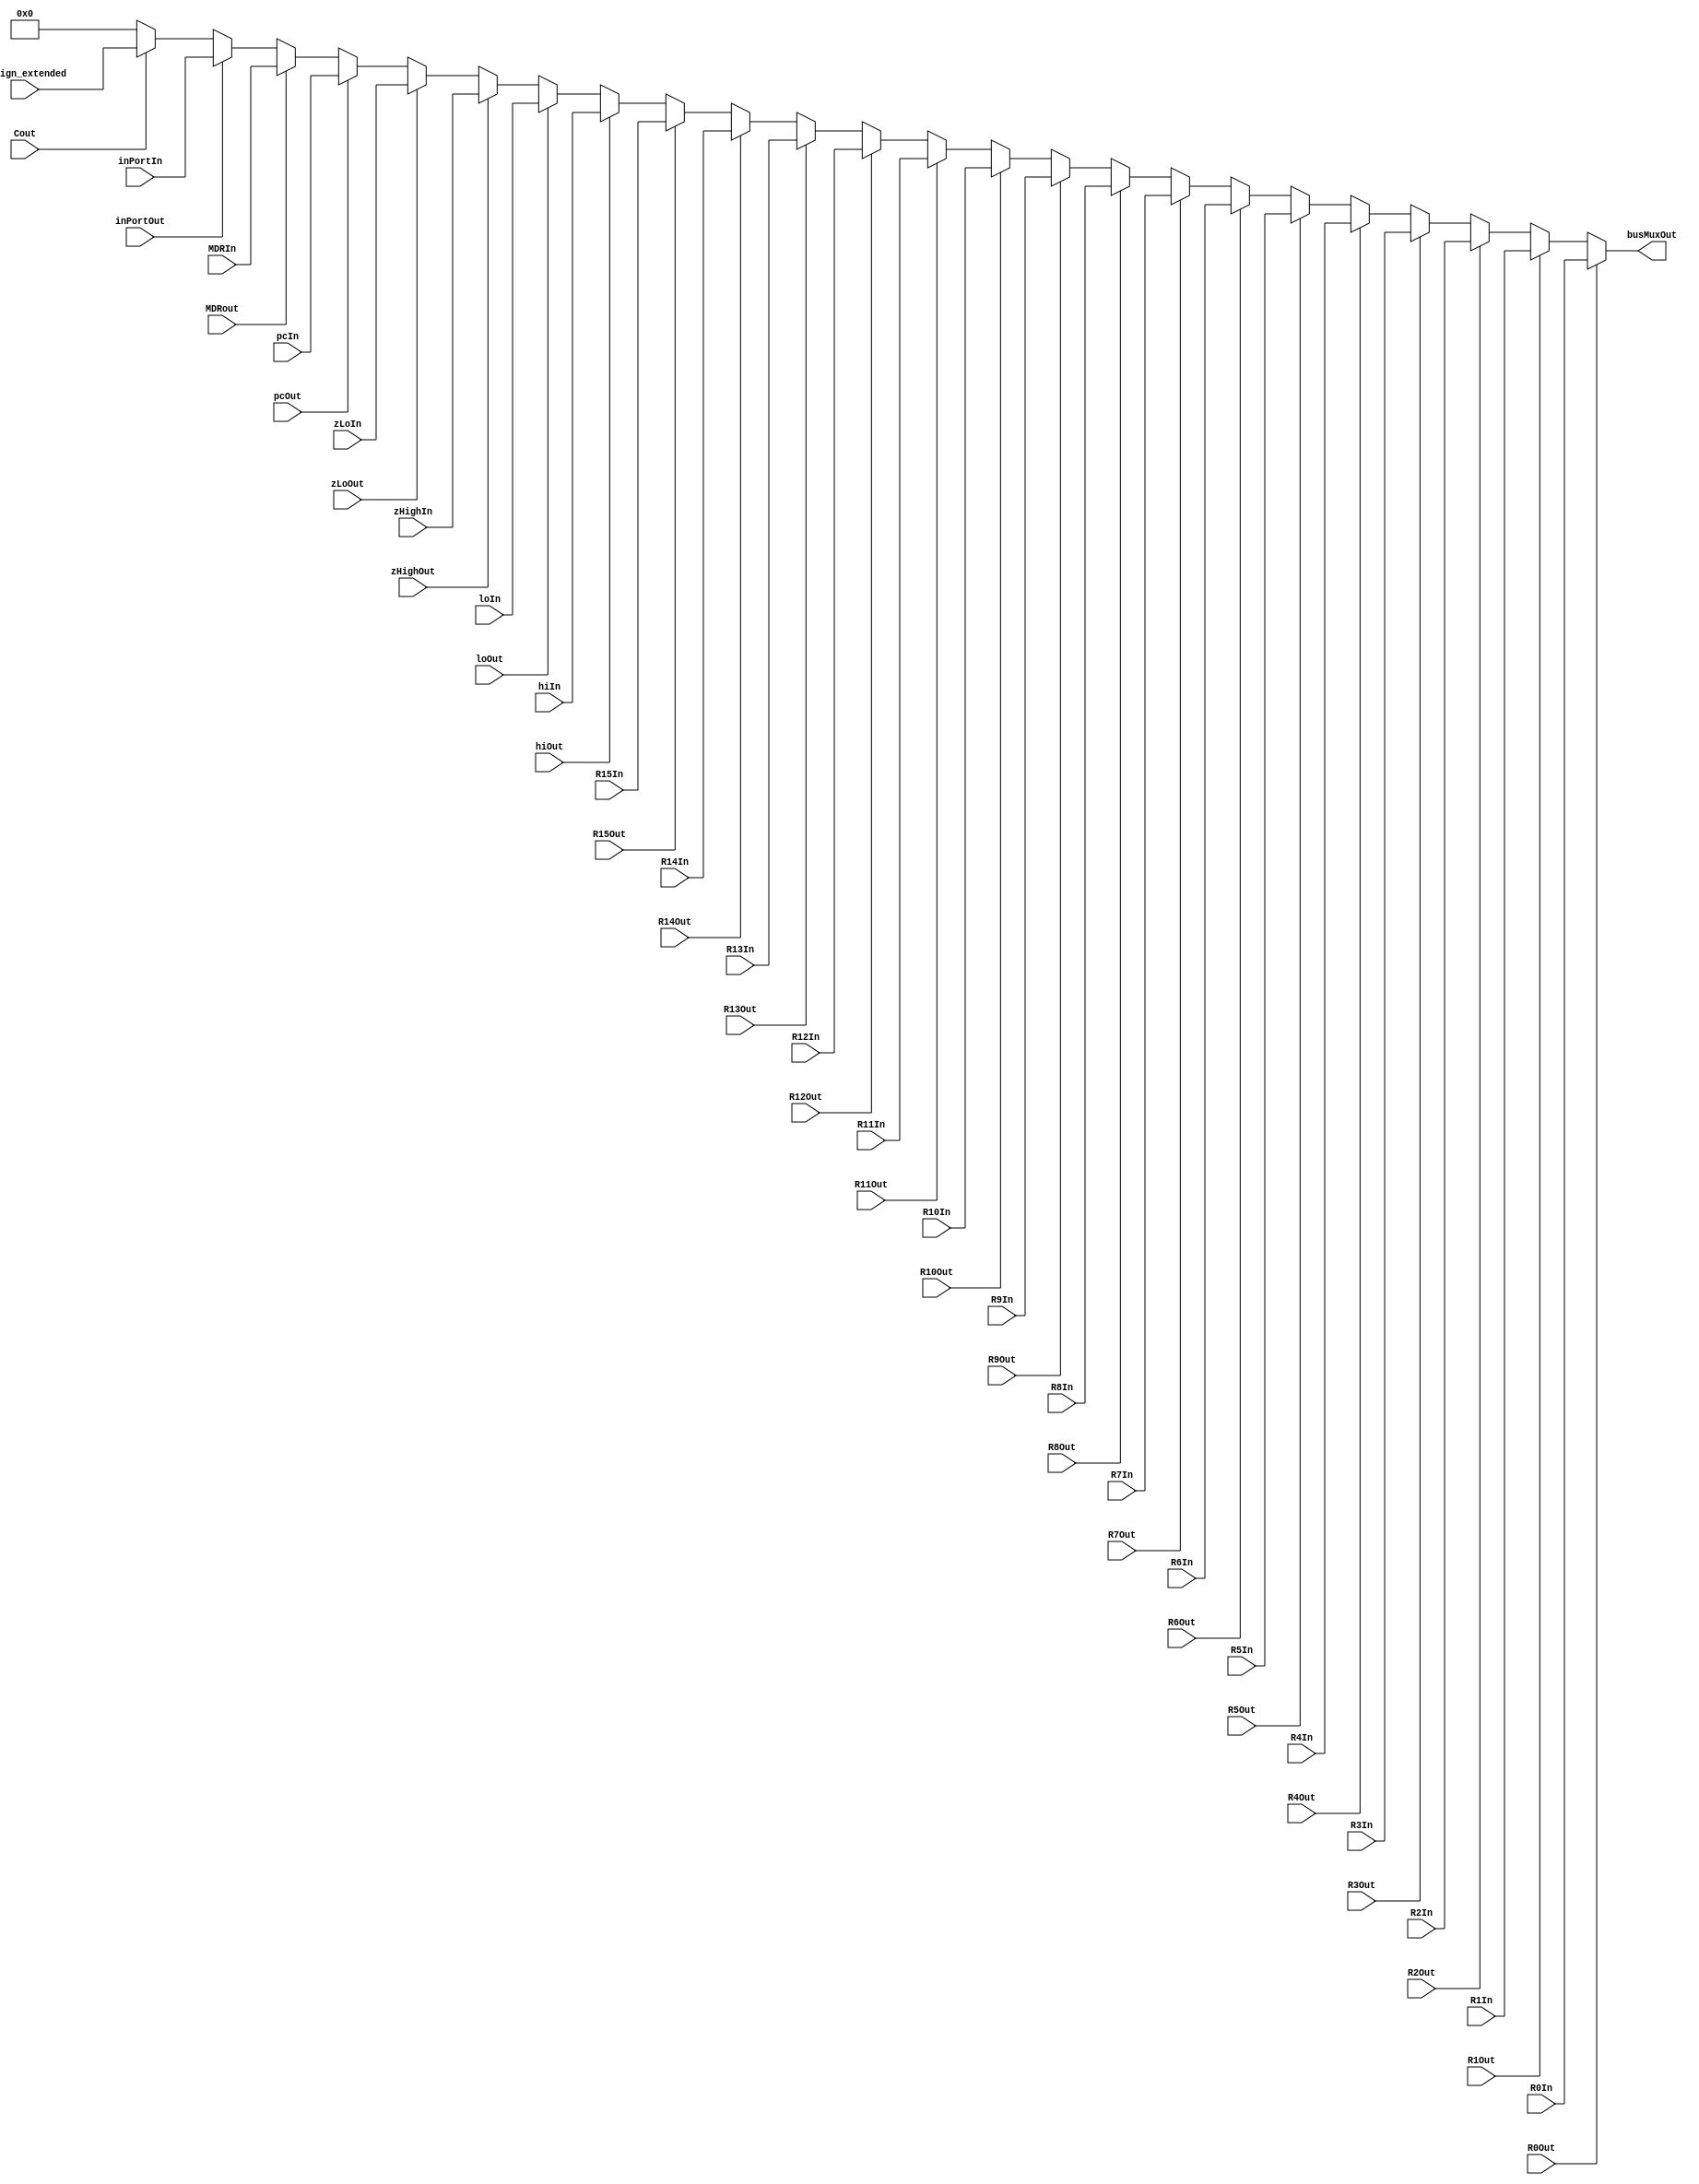
/* here we implement the typical bus. we implement the bus using a 32-to-5 encoder and a 32-to-1 mux. note, the mux was created using
a combination of smaller multiplxers. the five select signal inputs for this multiplexer come from our 32-to-5 encoder */

module bus(
  output [31:0] busMuxOut,
  input [31:0] R0In, R1In, R2In, R3In, R4In, R5In, R6In, R7In, R8In, R9In, R10In, 
  R11In, R12In, R13In, R14In, R15In, hiIn, loIn, zHighIn, zLoIn, pcIn, MDRIn,
  inPortIn, C_sign_extended,
  input R0Out, R1Out, R2Out, R3Out, R4Out, R5Out, R6Out, R7Out,
  R8Out, R9Out, R10Out, R11Out, R12Out, R13Out, R14Out, R15Out, hiOut, loOut,
  zHighOut, zLoOut, pcOut, MDRout, inPortOut, Cout);
  
  /* in the lab instructions, it says that the signals to the 32-to-5 encoder are simulated in phase 1. the lab instructions state that
  the idea is to choose only one of the registers R0 to R15, HI, LO, Zhigh,Zlow, PC, MDR, In.Port, or the sign-extended version of the 
  constant C, as the source of the bus. The output of the BusMux, BusMuxOut,is the Bus itself */
  
  reg [31:0] busOutput;
  always @ (*)
  begin
  if(R0Out == 1)
    busOutput <= R0In;
   else if (R1Out == 1)
    busOutput <= R1In;
   else if (R2Out == 1)
    busOutput <= R2In;
   else if (R3Out == 1)
    busOutput <= R3In;
   else if (R4Out == 1)
    busOutput <= R4In;
   else if (R5Out == 1)
    busOutput <= R5In;
   else if (R6Out == 1)
     busOutput <= R6In;
   else if (R7Out == 1)
    busOutput <= R7In;
   else if (R8Out == 1)
    busOutput <= R8In;
   else if (R9Out == 1)
    busOutput <= R9In;
   else if (R10Out == 1)
    busOutput <= R10In;
   else if (R11Out == 1)
     busOutput <= R11In;
   else if (R12Out == 1)
    busOutput <= R12In;
   else if (R13Out == 1)
    busOutput <= R13In;
   else if (R14Out == 1)
    busOutput <= R14In;
   else if (R15Out == 1)
    busOutput <= R15In;
   else if (hiOut == 1)
    busOutput <= hiIn;
  else if (loOut == 1)
    busOutput <= loIn;
  else if (zHighOut == 1)
    busOutput <= zHighIn;
  else if (zLoOut == 1)
    busOutput <= zLoIn;
  else if (pcOut == 1)
    busOutput <= pcIn;
  else if (MDRout == 1)
    busOutput <= MDRIn;
  else if (inPortOut == 1)
    busOutput <= inPortIn;
  else if (Cout == 1)
    busOutput <= C_sign_extended;
	else
		busOutput <= 0;
  end

  assign busMuxOut = busOutput;
  
endmodule